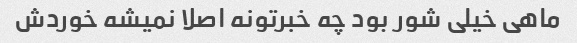
ماهی خیلی شور بود چه خبرتونه اصلا نمیشه خوردش